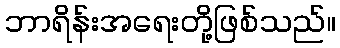
ဘာရိန်းအရေးတို့ဖြစ်သည်။